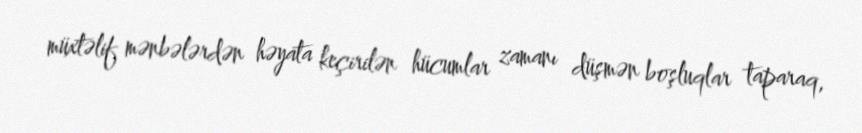
müxtəlif mənbələrdən həyata keçirilən hücumlar zamanı düşmən boşluqlar taparaq,